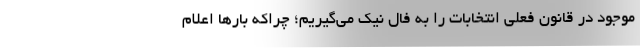
موجود در قانون فعلی انتخابات را به فال نیک می‌گیریم؛ چراکه بارها اعلام